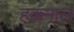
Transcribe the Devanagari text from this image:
हकनाल